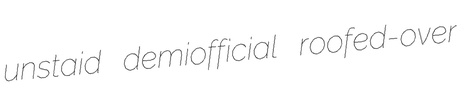
unstaid demiofficial roofed-over